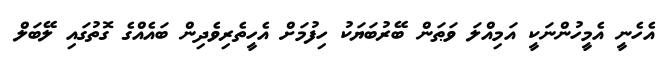
އެހެނީ އެމީހުންނަކީ އަމިއްލަ ވަޠަން ބޭރުބަޔަކު ހިފުމަށް އެހީތެރިވެދިން ބައެއްގެ ގޮތުގައި ލޭބަލް